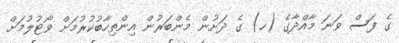
ގެ ފަސް ވަނަ މާއްދާގެ (ހ) ގެ ދަށުން މެންބަރުން އިންތިހާބުކުރުމަށް ވޯޓުލުމަށް